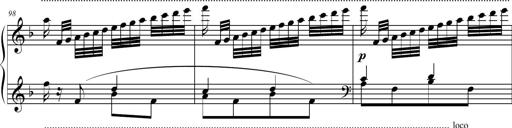
Title: 2 Sonatines faciles et brillantes pour le piano-forte seul
Composer: Carl Czerny